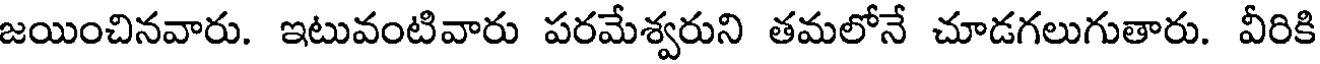
జయించినవారు. ఇటువంటివారు పరమేశ్వరుని తమలోనే చూడగలుగుతారు. వీరికి